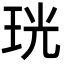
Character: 珖